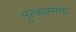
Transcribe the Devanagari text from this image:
मुल्हेरमाची